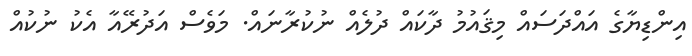
އިންޑިޔާގެ އައްދަސައް މިޤައުމު ދާކައް ދުލެއް ނުކުރާނައް. މަވެސް އަދުރޭއާ އެކު ނުކުއް